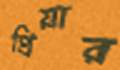
প্রিয়ার